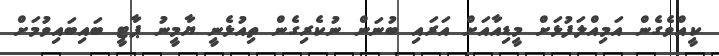
ކީއްވެގެން އަމިއްލަފުޅަށް މީޑިއާއަށް އަރައި ބުނަން ނުކެރިގެން ތިއުޅެނީ ޔާމީނު ޕާޓީ ބައިބައިވުމަށް